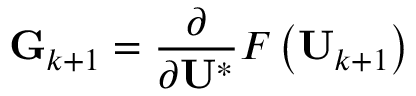
\mathbf { G } _ { k + 1 } = \frac { \partial } { \partial \mathbf { U } ^ { * } } F \left( \mathbf { U } _ { k + 1 } \right)